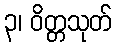
၃၊ ဝိတ္တသုတ်